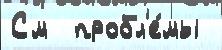
См  пробл'е́мы